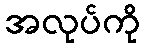
အလုပ်ကို